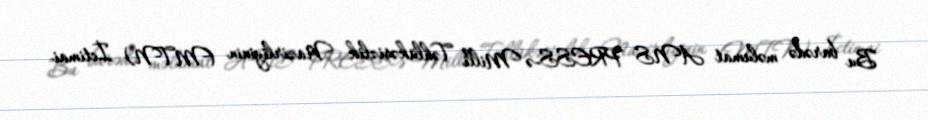
Bu barədə məlumat ANS PRESS-ə Milli Təhlükəsizlik Nazirliyinin (MTN) İctimai